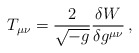
\begin{align*}T_{\mu \nu }=\frac{2}{\sqrt{-g}}\frac{\delta W}{\delta g^{\mu \nu }}\, ,\end{align*}